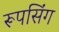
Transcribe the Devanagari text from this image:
रूपसिंग